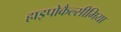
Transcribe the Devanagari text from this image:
हाइपोकैल्सीमिया